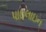
પાઇલાઇન